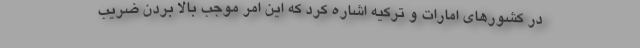
در كشورهاي امارات و تركيه اشاره کرد كه اين امر موجب بالا بردن ضريب